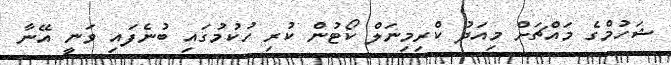
ޝަހުމްގެ މައްޗަށް މިއަދު ކްރިމިނަލް ކޯޓުން ކުރި ހުކުމުގައި ބުނެފައި ވަނީ އޭނާ